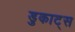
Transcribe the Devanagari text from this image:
डुकाट्स